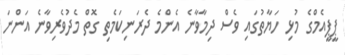
ޕީޕީއެމްގެ މުޅި ހަޔާތުގައި ވެސް ދިމާވާނެ އެންމެ ދެރަނިކަމެތި ގޮތް މެދުވެރިވާނެ އަންނަ